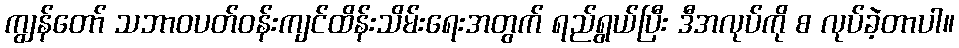
ကျွန်တော် သဘာဝပတ်ဝန်းကျင်ထိန်းသိမ်းရေးအတွက် ရည်ရွယ်ပြီး ဒီအလုပ်ကို စ လုပ်ခဲ့တာပါ။